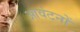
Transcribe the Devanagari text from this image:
आवंटनों